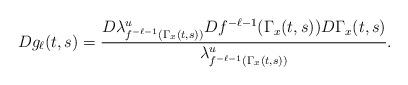
LaTeX: \begin{align*}Dg_{\ell}(t,s)=\frac{D\lambda^u_{f^{-\ell-1}(\Gamma_x(t,s))}Df^{-\ell-1}(\Gamma_x(t,s))D\Gamma_x(t,s)}{\lambda^u_{f^{-\ell-1}(\Gamma_x(t,s))}}.\end{align*}